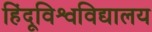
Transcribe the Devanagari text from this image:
हिंदूविश्वविद्यालय